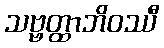
သဗ္ဗတ္ထာဘိဝဿီ